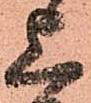
上